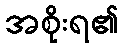
အစိုးရ၏